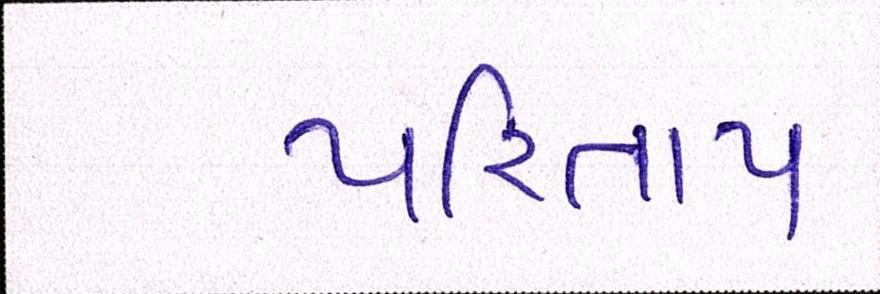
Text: પરિતાપ